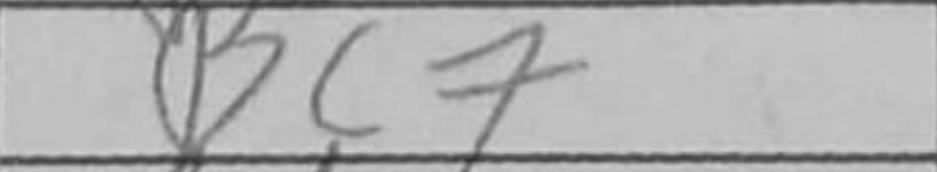
Transcription: Bc7